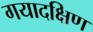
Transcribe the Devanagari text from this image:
गयादक्षिण